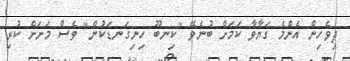
ދިވެހިން އެންމެ ގަޔާވާ ކަމަށް ބުނެވޭ "ކިނބޫ ހިނިގަނޑަކުން" ވެސް މަށަށް ކުރި